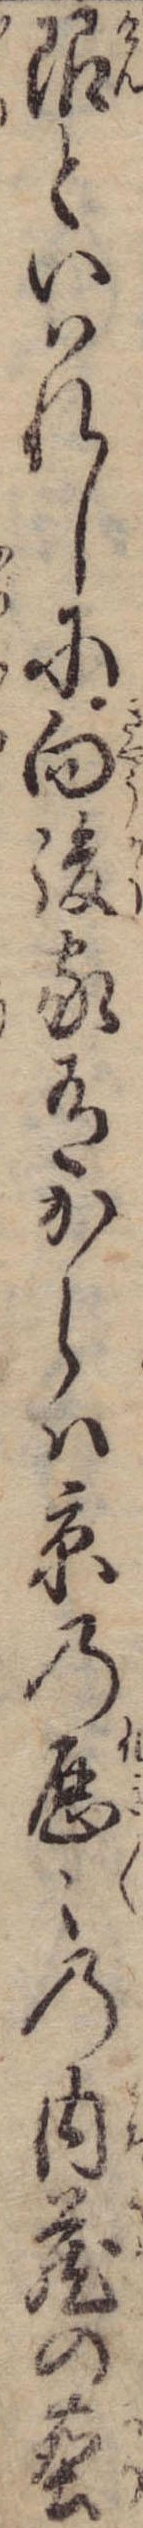
限といはれしに向後家有からは京の歴々の内蔵の塵